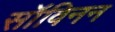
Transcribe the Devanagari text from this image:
सॉविनन